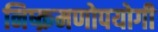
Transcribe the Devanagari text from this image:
निष्क्रमणोपयोगी